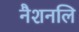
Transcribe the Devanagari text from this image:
नैशनलि